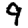
Digit: 9